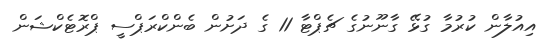
އިއުލާން ކުރުމާ ގުޅޭ ގާނޫނުގެ ޗެޕްޓާ 11 ގެ ދަށުން ބެންކްރަޕްސީ ޕްރޮޓެކްޝަން